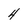
Character: 4